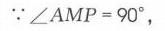
$\because\angle AMP = 90^{\circ},$